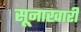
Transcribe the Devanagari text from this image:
सूनाखारी